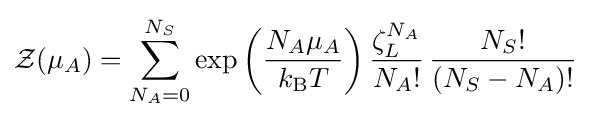
{\mathcal {Z}}(\mu _{A})=\sum _{N_{A}=0}^{N_{S}}\exp \left({\frac {N_{A}\mu _{A}}{k_{\text{B}}T}}\right){\frac {\zeta _{L}^{N_{A}}}{N_{A}!}}\,{\frac {N_{S}!}{(N_{S}-N_{A})!}}